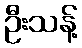
ဦးသန့်